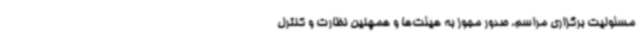
مسئولیت برگزاری مراسم، صدور مجوز به هیئت‌ها و همچنین نظارت و کنترل